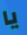
يا